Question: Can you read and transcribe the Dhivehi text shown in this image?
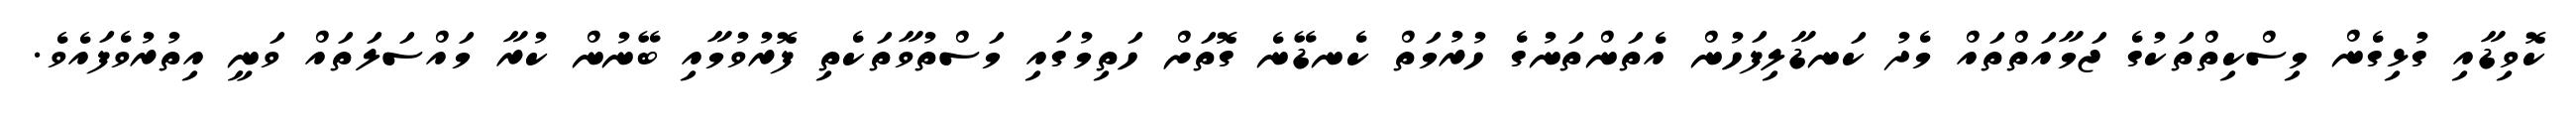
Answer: ކޮވިޑާއި ގުޅިގެން މިސްކިތްތަކުގެ ޖަމާއަތްތައް މެދު ކަނޑާލިފަހުން އެތަންތަނުގެ ހުރުމަތް ކެނޑޭނެ ގޮތަށް ހަތިމުގައި މަސްތުވާތަކެތި ފޮރުވުމާއި ބޭނުން ކުރާ މައްސަލަތައް ވަނީ އިތުރުވެފައެވެ.